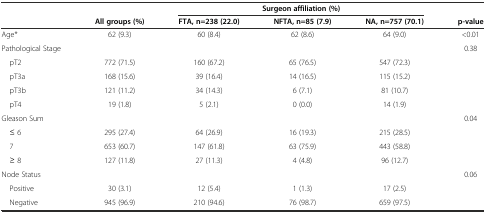
<table><thead><tr><td></td><td></td><td colspan="3"><b>Surgeon affiliation (%)</b></td><td></td></tr><tr><td></td><td><b>All groups (%)</b></td><td><b>FTA, n=238 (22.0)</b></td><td><b>NFTA, n=85 (7.9)</b></td><td><b>NA, n=757 (70.1)</b></td><td><b>p-value</b></td></tr></thead><tbody><tr><td>Age*</td><td>62 (9.3)</td><td>60 (8.4)</td><td>62 (8.6)</td><td>64 (9.0)</td><td>&lt;0.01</td></tr><tr><td>Pathological Stage</td><td></td><td></td><td></td><td></td><td>0.38</td></tr><tr><td> pT2</td><td>772 (71.5)</td><td>160 (67.2)</td><td>65 (76.5)</td><td>547 (72.3)</td><td></td></tr><tr><td> pT3a</td><td>168 (15.6)</td><td>39 (16.4)</td><td>14 (16.5)</td><td>115 (15.2)</td><td></td></tr><tr><td> pT3b</td><td>121 (11.2)</td><td>34 (14.3)</td><td>6 (7.1)</td><td>81 (10.7)</td><td></td></tr><tr><td> pT4</td><td>19 (1.8)</td><td>5 (2.1)</td><td>0 (0.0)</td><td>14 (1.9)</td><td></td></tr><tr><td>Gleason Sum</td><td></td><td></td><td></td><td></td><td>0.04</td></tr><tr><td> ≤ 6</td><td>295 (27.4)</td><td>64 (26.9)</td><td>16 (19.3)</td><td>215 (28.5)</td><td></td></tr><tr><td> 7</td><td>653 (60.7)</td><td>147 (61.8)</td><td>63 (75.9)</td><td>443 (58.8)</td><td></td></tr><tr><td> ≥ 8</td><td>127 (11.8)</td><td>27 (11.3)</td><td>4 (4.8)</td><td>96 (12.7)</td><td></td></tr><tr><td>Node Status</td><td></td><td></td><td></td><td></td><td>0.06</td></tr><tr><td> Positive</td><td>30 (3.1)</td><td>12 (5.4)</td><td>1 (1.3)</td><td>17 (2.5)</td><td></td></tr><tr><td> Negative</td><td>945 (96.9)</td><td>210 (94.6)</td><td>76 (98.7)</td><td>659 (97.5)</td><td></td></tr></tbody></table>